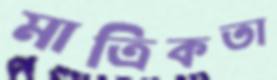
মাত্রিকতা